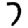
Digit: 7